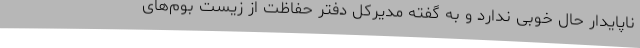
ناپایدار حال خوبی ندارد و به گفته مدیرکل دفتر حفاظت از زیست بوم‌های